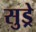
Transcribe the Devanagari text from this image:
सुड्रे